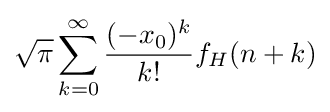
{\sqrt {\pi }}\sum _{k=0}^{\infty }{\frac {(-x_{0})^{k}}{k!}}f_{H}(n+k)